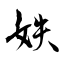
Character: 妷